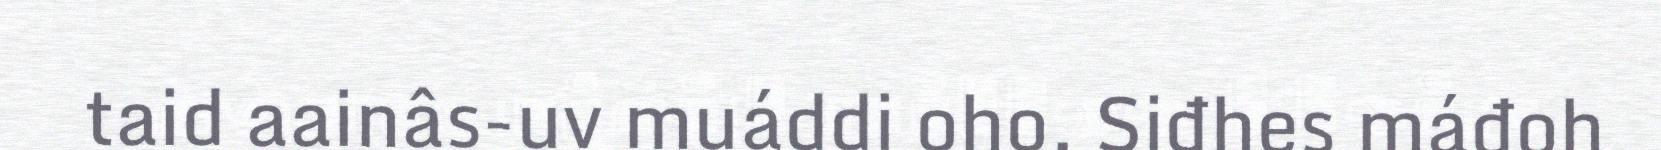
taid aainâs-uv muáddi oho. Siđhes máđoh